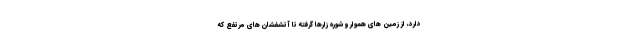
دارد، از زمین های هموار و شوره زارها گرفته تا آتشفشان های مرتفع که